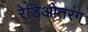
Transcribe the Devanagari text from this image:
रेडिओतरंग